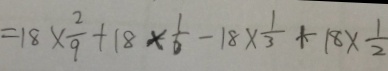
= 1 8 \times \frac { 2 } { 9 } + 1 8 \times \frac { 1 } { 6 } - 1 8 \times \frac { 1 } { 3 } + 1 8 \times \frac { 1 } { 2 }